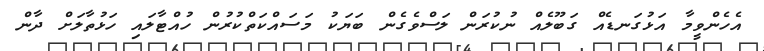
އެހެންވީމާ އަޅުގަނޑެއް ގަބޫލެއް ނުކުރަން ލަސްވެގެން ބަޔަކު މަސައްކަތްކުރުން ހުއްޓާލައި ހަޅުތާލަށް ދާން